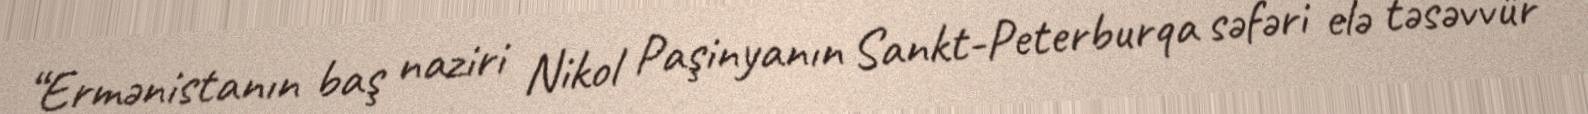
“Ermənistanın baş naziri Nikol Paşinyanın Sankt-Peterburqa səfəri elə təsəvvür